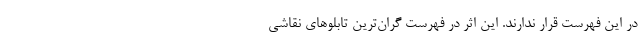
در این فهرست قرار ندارند. این اثر در فهرست گران‌ترین تابلو‌های نقاشی